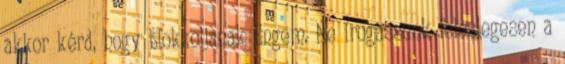
akkor kérd, hogy blokkoljanak Engem. Ne írogassunk feleslegesen a